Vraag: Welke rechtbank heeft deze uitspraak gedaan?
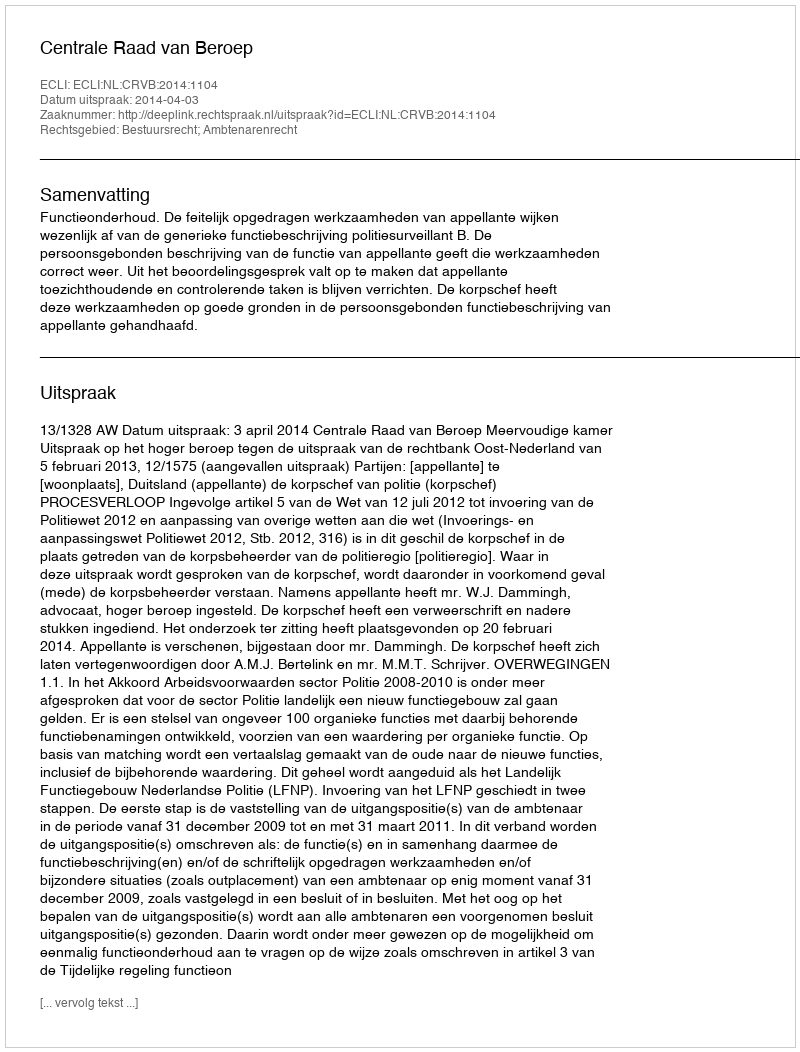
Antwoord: Centrale Raad van Beroep